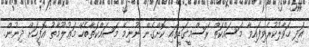
އަދި ހަވާލުކުރެވިފައިވާ މަސައްކަތް ރަސްމީގަޑީގައި ކޮށްގެން ނުނިމޭ މަސައްކަތާބެހޭ މަޢުލޫމާތު އޮފީހަށް ދިނުން.